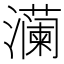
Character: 𬉠